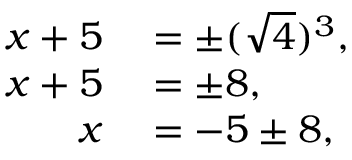
\begin{array} { r l } { x + 5 } & { { } = \pm ( { \sqrt { 4 } } ) ^ { 3 } , } \\ { x + 5 } & { { } = \pm 8 , } \\ { x } & { { } = - 5 \pm 8 , } \end{array}